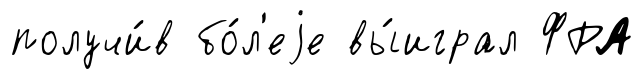
получи́в бо́л'еjе вы́играл ФРА